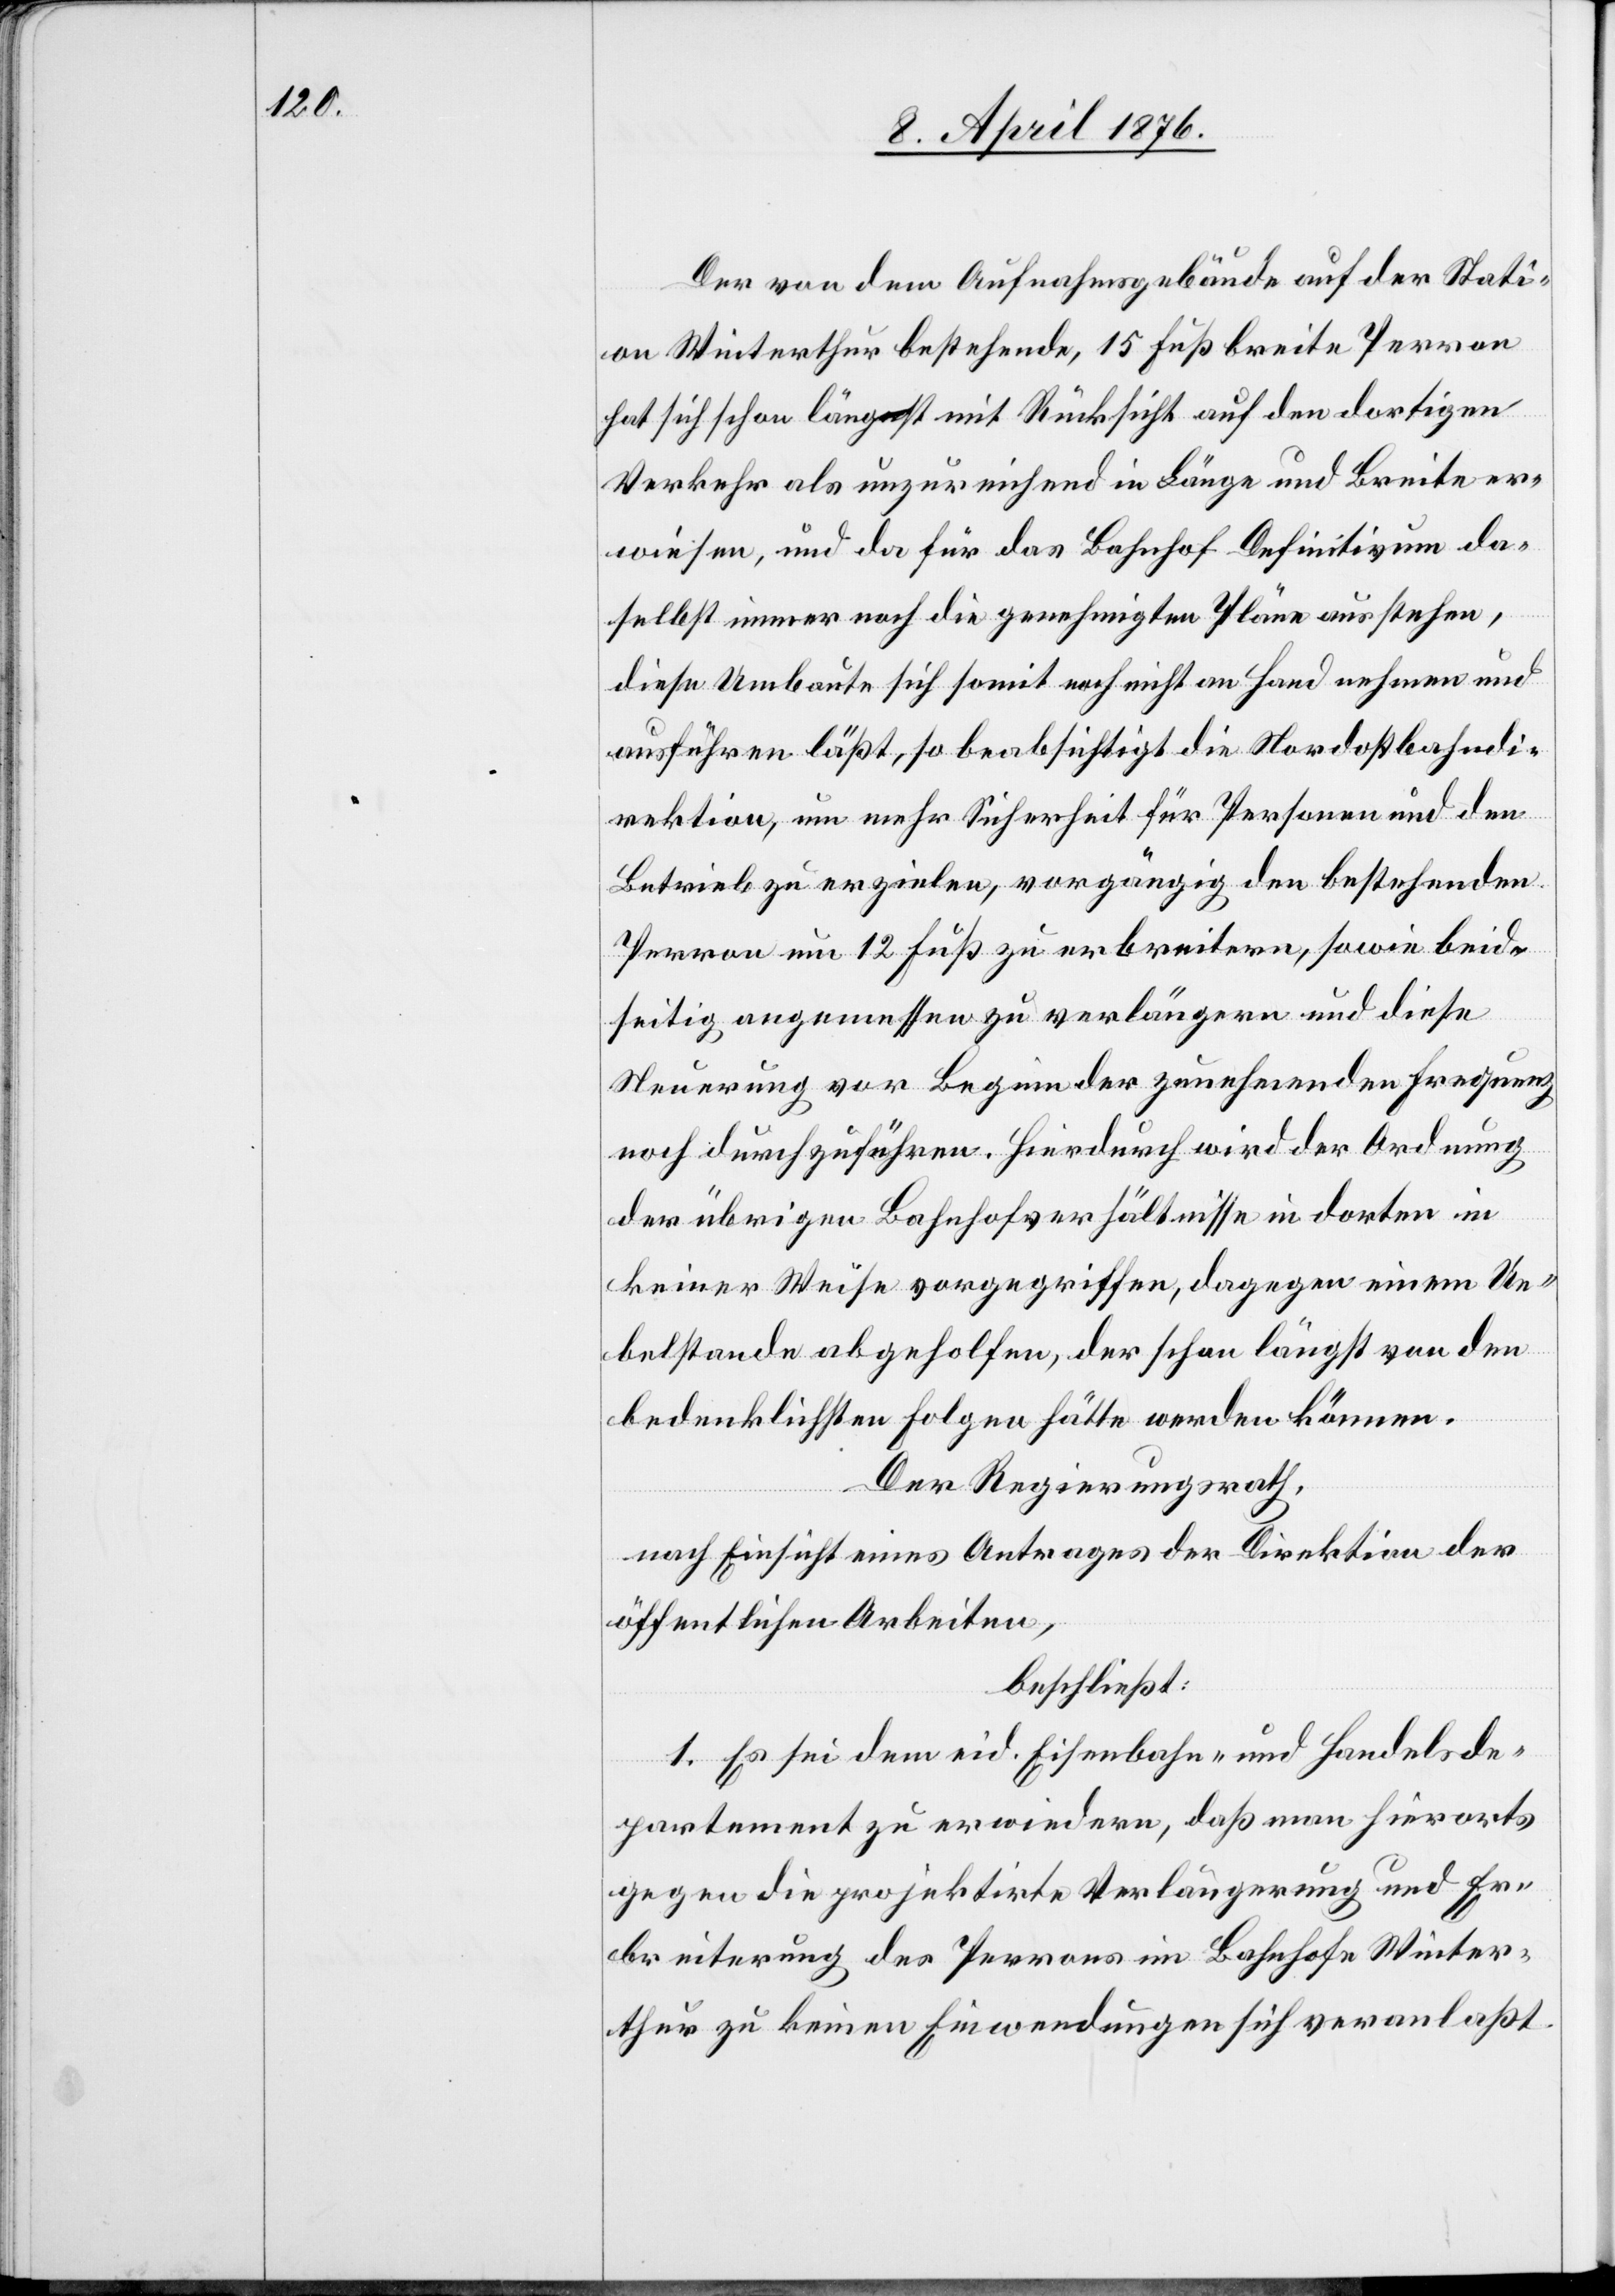
Der von dem Aufnahmsgebäude auf der Stati¬
on Winterthur bestehende 15 Fuß breite Perron
hat sich schon längst mit Rücksicht auf den dortigen
Verkehr als unzureichend in Länge und Breite er¬
wiesen, und da für das Bahnhof Definitivum da¬
selbst immer noch die genehmigten Pläne ausstehen,
diese Umbaute sich somit noch nicht an Hand nehmen und
ausführen läßt, so beabsichtigt die Nordostbahndi¬
rektion, um mehr Sicherheit für Personen und den
Betrieb zu erzielen, vorgängig den bestehenden
Perron um 12 Fuß zu erbreitern, sowie beid¬
seitig angemessen zu verlängern und diese
Neuerung vor Beginn der zunehmenden Frequenz
noch durchzuführen. Hierdurch wird der Ordnung
der übrigen Bahnhofverhältnisse in dorten in
keiner Weise vorgegriffen, dagegen einem Ue¬
belstande abgeholfen, der schon längst von den
bedenklichsten Folgen hätte werden können.
Der Regierungsrath,
nach Einsicht eines Antrages der Direktion der
öffentlichen Arbeiten,
beschließt:
1. Es sei dem eid. Eisenbahn- und Handelsde¬
partement zu erwiedern, daß man hierorts
gegen die projektirte Verlängerung und Er¬
breiterung des Perrons im Bahnhofe Winter¬
thur zu keinen Einwendungen sich veranlaßt